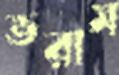
ভরাম